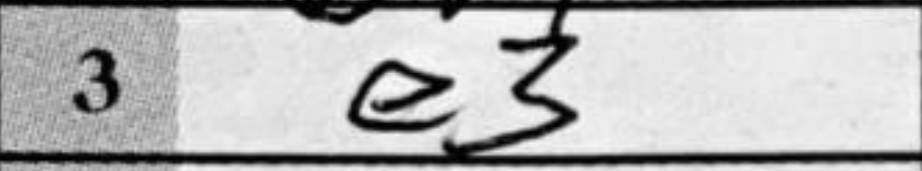
Transcription: e3